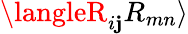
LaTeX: \langleR_{i\mathbf{j}}R_{mn}\rangle